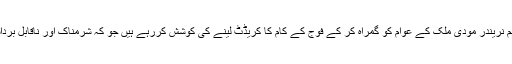
وزیراعظم نریندر مودی ملک کے عوام کو گمراہ کر کے فوج کے کام کا کریڈٹ لینے کی کوشش کررہے ہیں جو کہ شرمناک اور ناقابل برداشت ہے ۔